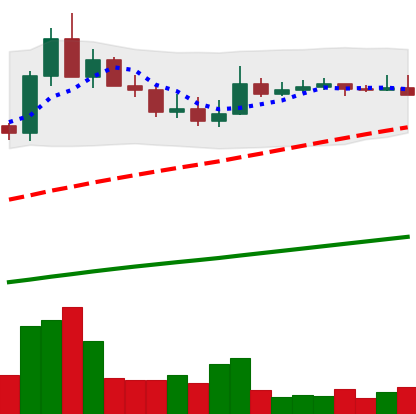
Ticker: ADA-USD
Chart end date: 2021-04-03
Forward return: 3.934%
Label: up_3_5